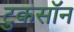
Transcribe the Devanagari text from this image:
टुकसॉन